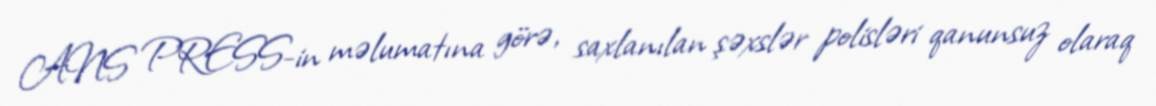
ANS PRESS-in məlumatına görə, saxlanılan şəxslər polisləri qanunsuz olaraq